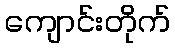
ကျောင်းတိုက်